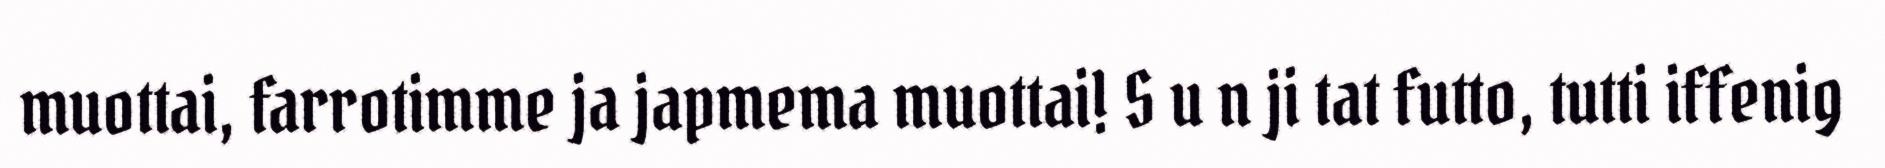
muottai, farrotimme ja japmema muottai! S u n ji tat futto, tutti iffenig